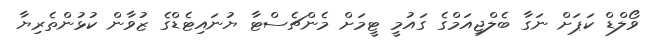
ވޯލްޑް ކަޕަށް ނަގާ ބެލްޖިއަމްގެ ގައުމީ ޓީމަށް މެންޗެސްޓާ ޔުނައިޓެޑްގެ ޒުވާން ކުޅުންތެރިޔާ